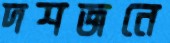
দশজনে